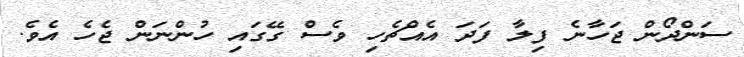
ސަންދޯން ޖަހާނެ ފިލާ ފަދަ އެއްޗެހި ވެސް ގޭގައި ހުންނަން ޖެހެ އެވެ.